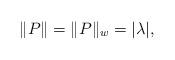
LaTeX: \begin{align*}\|P\|=\|P\|_w=|\lambda|,\end{align*}